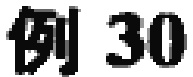
例 30